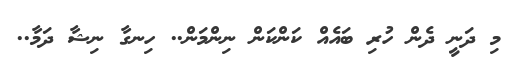
މި ދަނީ ދެން ހުރި ބައެއް ކަންކަން ނިންމަން.. ހިނގާ ނިޝާ ދަމާ..